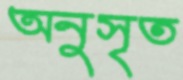
অনুসৃত